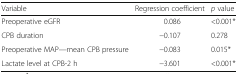
| Variable | Regression coefficient | p value |
 | --- | --- | --- |
 | Preoperative eGFR | 0.086 | <0.001* |
 | CPB duration | −0.107 | 0.278 |
 | Preoperative MAP—mean CPB pressure | −0.083 | 0.015* |
 | Lactate level at CPB-2 h | −3.601 | <0.001* |